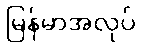
မြန်မာအလုပ်